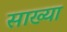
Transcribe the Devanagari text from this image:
साख्या